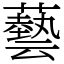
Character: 藝